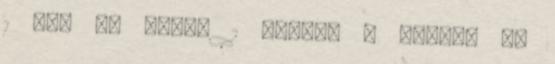
1 Ősi Ír áldás 1 Ossian : Többet ér